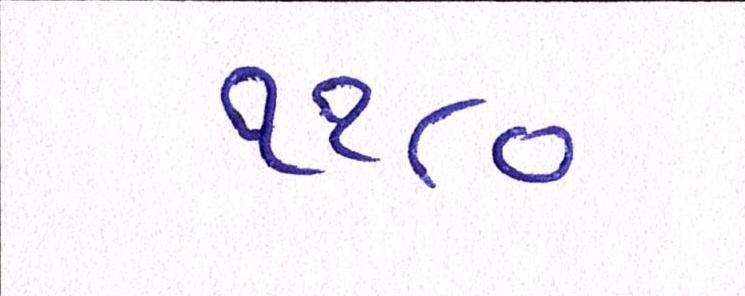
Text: ૧૧૮૦